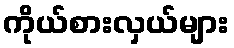
ကိုယ်စားလှယ်များ